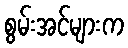
စွမ်းအင်များက